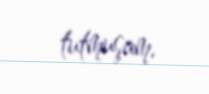
tutmuşam.